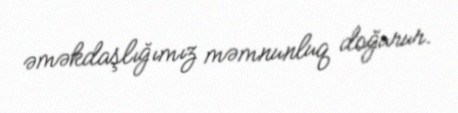
əməkdaşlığımız məmnunluq doğurur.